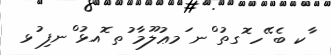
ާކ ބެ ޭހ ޮގތު ްނ ަމޢުލޫމާ ުތ ޮއޅު ްނފި ުޅ